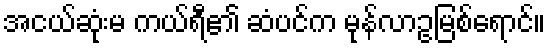
အငယ်ဆုံးမ ကယ်ရီ၏ ဆံပင်က မုန်လာဥမြစ်ရောင်။